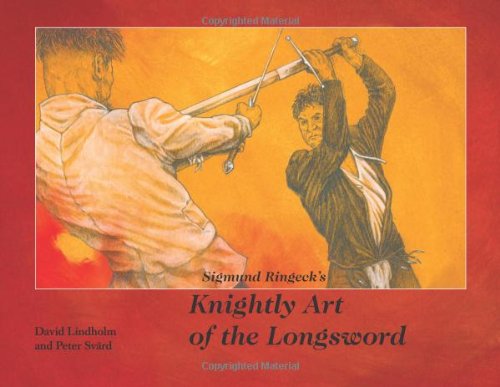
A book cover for Sigmund Ringeck's Knightly Art of the Longsword; David Lindholm; Sports & Outdoors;